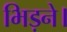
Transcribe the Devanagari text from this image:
भिड़ने।